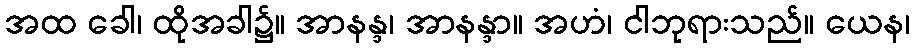
အထ ခေါ၊ ထိုအခါ၌။ အာနန္ဒ၊ အာနန္ဒာ။ အဟံ၊ ငါဘုရားသည်။ ယေန၊